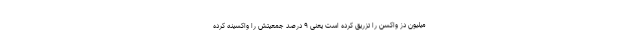
میلیون دز واکسن را تزریق کرده است یعنی ۹ درصد جمعیتش را واکسینه کرده